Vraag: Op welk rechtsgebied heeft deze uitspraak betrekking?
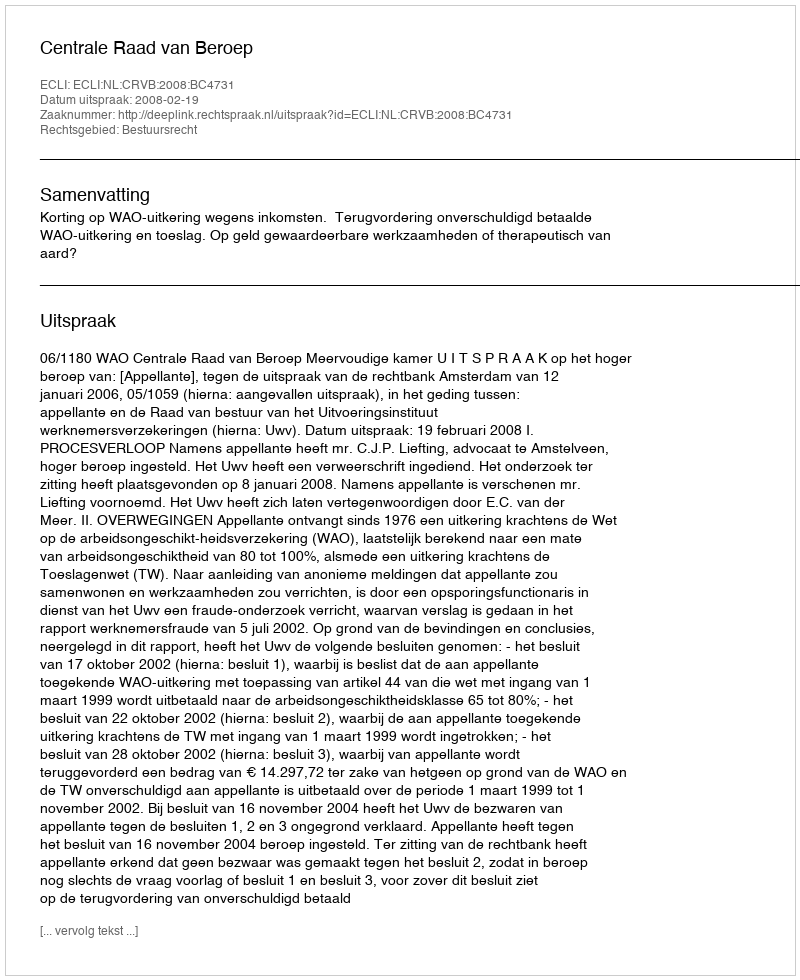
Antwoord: Bestuursrecht